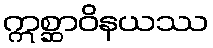
ဣစ္ဆာဝိနယဿ